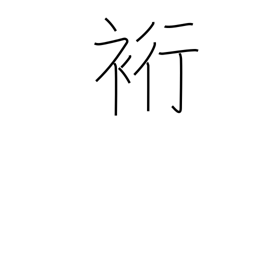
Meaning: sleeve length